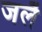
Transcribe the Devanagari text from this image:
जलै